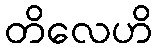
တိလေဟိ